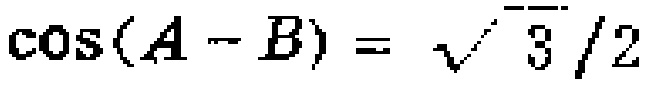
\(\cos(A - B) = \sqrt{3}/2\)